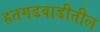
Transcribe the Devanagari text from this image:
हतगडवाडीतील